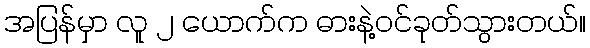
အပြန်မှာ လူ ၂ ယောက်က ဓားနဲ့ဝင်ခုတ်သွားတယ်။